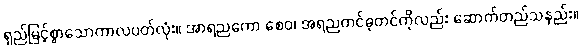
ရှည်မြင့်စွာသောကာလပတ်လုံး။ အာရညကော စေဝ၊ အရညကင်ဓုတင်ကိုလည်း ဆောက်တည်သနည်း။